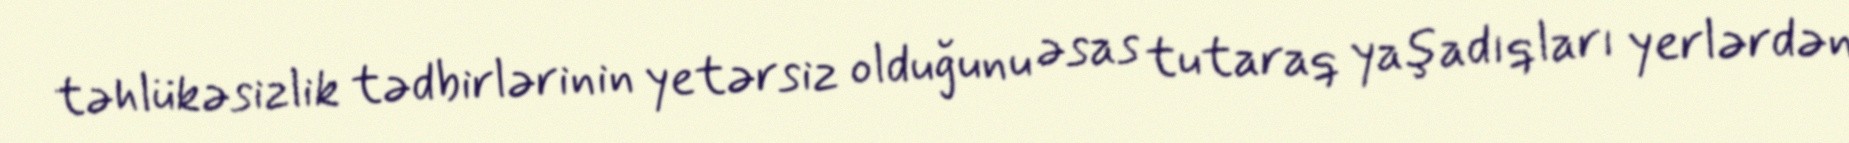
təhlükəsizlik tədbirlərinin yetərsiz olduğunu əsas tutaraq yaşadıqları yerlərdən